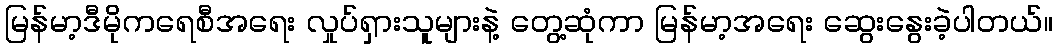
မြန်မာ့ဒီမိုကရေစီအရေး လှုပ်ရှားသူများနဲ့ တွေ့ဆုံကာ မြန်မာ့အရေး ဆွေးနွေးခဲ့ပါတယ်။